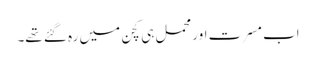
اب مسرت اور محمل ہی کچن میں رہ گئے تھے۔